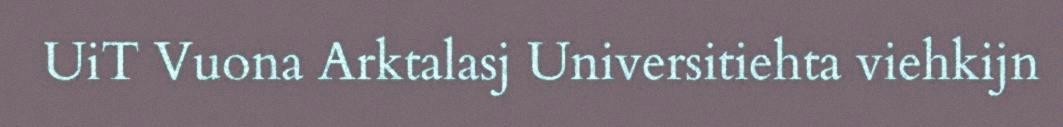
UiT Vuona Arktalasj Universitiehta viehkijn